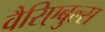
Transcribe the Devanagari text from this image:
वैरिएबुल्स